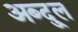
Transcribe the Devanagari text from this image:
अब्दु्ल